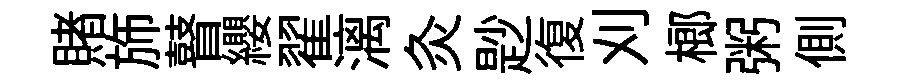
賭斾瞽纓翟漓灸尟復刈榔粥側